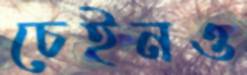
চেইনও